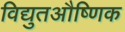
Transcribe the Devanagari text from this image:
विद्युतऔष्णिक